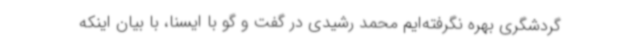
گردشگری بهره نگرفته‌ایم محمد رشیدی در گفت و گو با ایسنا، با بیان اینکه